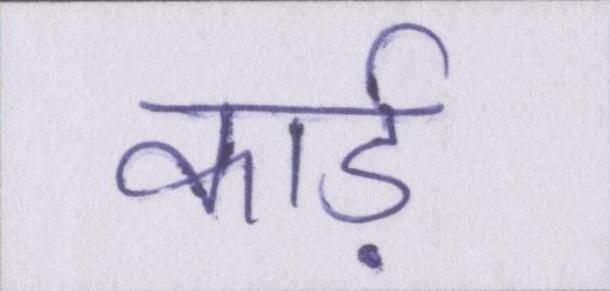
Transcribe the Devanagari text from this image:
कार्ड़